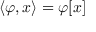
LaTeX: \langle \varphi , x \rangle = \varphi [ x ]